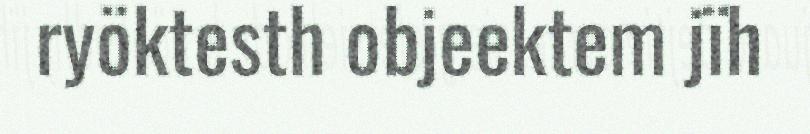
ryöktesth objeektem jïh